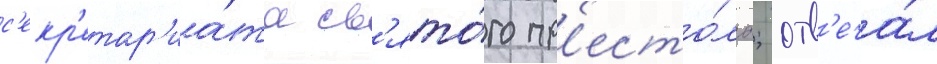
с'екр'етар'иа́та св'ято́го пр'есто́ла; отв'еча́л